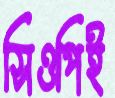
সিওপিই